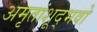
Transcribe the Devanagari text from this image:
अमृतांशूद्भवो